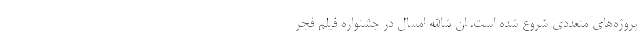
پروژه‌های متعددی شروع شده است. ان شاالله امسال در جشنواره فیلم فجر